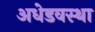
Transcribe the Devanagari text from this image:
अधेडवस्था